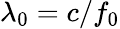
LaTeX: \lambda_{0}=c/f_{0}